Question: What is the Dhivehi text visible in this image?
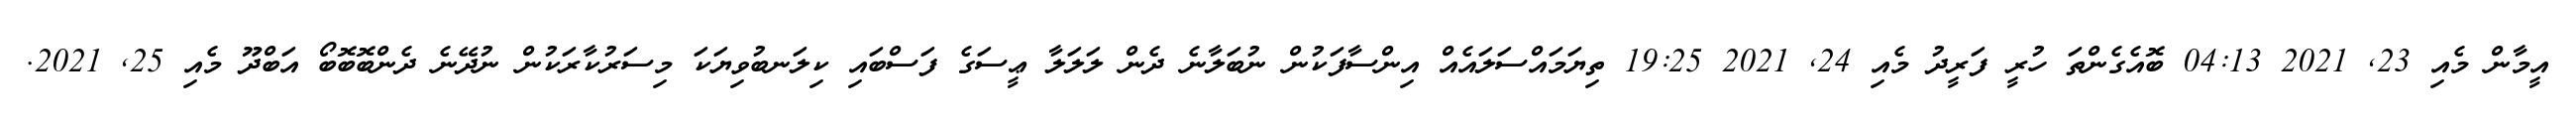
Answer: އީމާން މެއި 23, 2021 04:13 ބޮއެގެންތަ ހުރީ ފަރީދު މެއި 24, 2021 19:25 ތިޔަމައްސަލައެއް އިންސާފަކުން ނުބަލާނެ ދެން ލަލަލާ ޢީސަގެ ފަސްބައި ކިލަނބުވިޔަކަ މިސަރުކާރަކުން ނުދޭނެ ދެންބޮބޮބޯ އަބްދޫ މެއި 25, 2021.